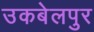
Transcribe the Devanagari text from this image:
उकबेलपुर